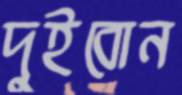
দুইবোন